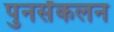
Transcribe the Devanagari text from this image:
पुनर्संकलन